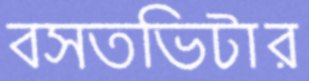
বসতভিটার